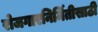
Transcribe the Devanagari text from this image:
रोजगारनिर्मितीसाठी